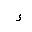
Letter: _hamza